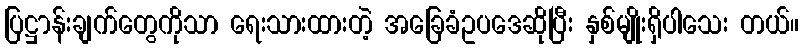
ပြဋ္ဌာန်းချက်တွေကိုသာ ရေးသားထားတဲ့ အခြေခံဥပဒေဆိုပြီး နှစ်မျိုးရှိပါသေး တယ်။